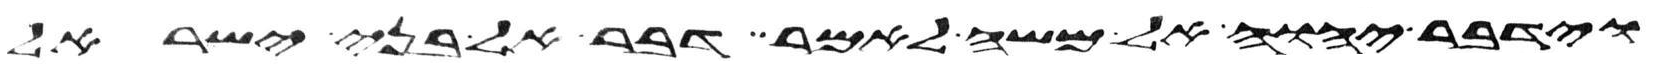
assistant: וידבר יהוה אל משה לאמר דבר אל בני ישראל